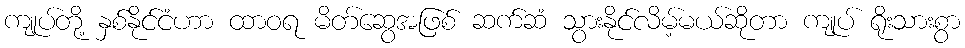
ကျုပ်တို့ နှစ်နိုင်ငံဟာ ထာဝရ မိတ်ဆွေအဖြစ် ဆက်ဆံ သွားနိုင်လိမ့်မယ်ဆိုတာ ကျုပ် ရိုးသားစွာ